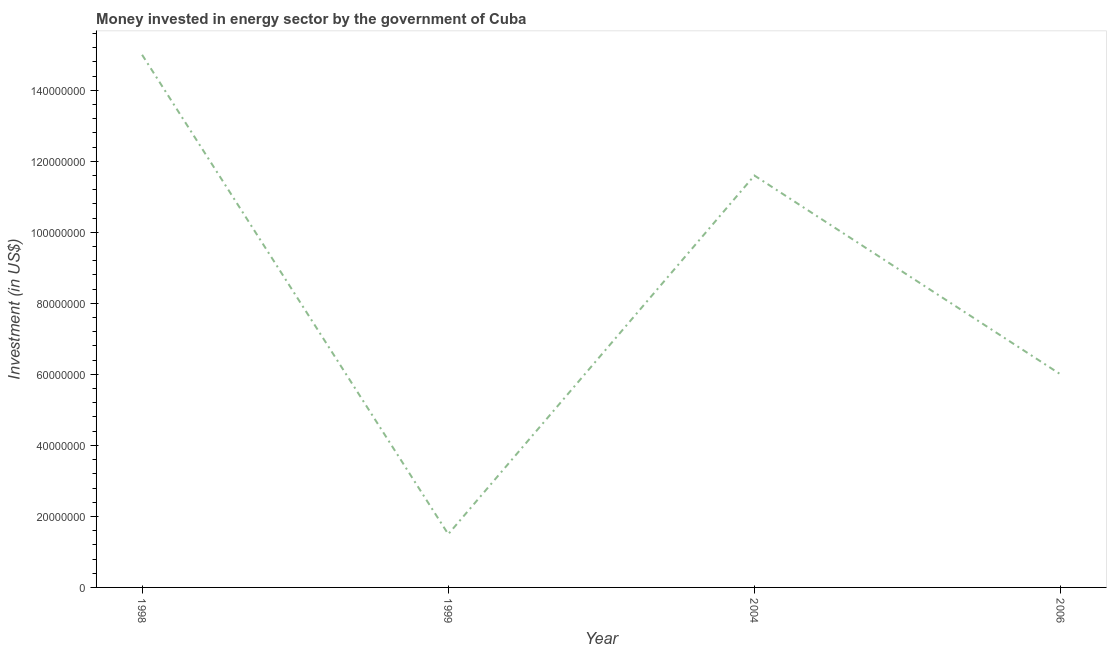
| Year | Investment in energy with private participation (current US$) |
 | --- | --- |
 | 1998 | 1.5e+08 |
 | 1999 | 1.5e+07 |
 | 2004 | 1.16e+08 |
 | 2006 | 6e+07 |